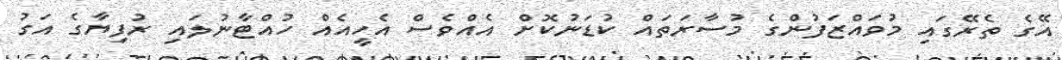
އޭގެ ތެރޭގައި މުވައްޒަފުންގެ މުސާރަތައް ކުޑަނުކޮށް އެއްވެސް އެހީއެއް ހުއްޓާނުލައި ރުފިޔާގެ އަގު